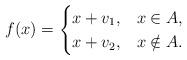
LaTeX: \begin{align*}f(x)=\begin{cases} x+v_1, & x\in A,\\x+v_2, & x\notin A.\end{cases}\end{align*}